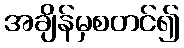
အချိန်မှစတင်၍